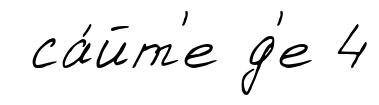
са́йт'е д'е 4